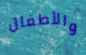
والأطفال